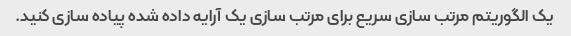
یک الگوریتم مرتب سازی سریع برای مرتب سازی یک آرایه داده شده پیاده سازی کنید.